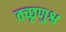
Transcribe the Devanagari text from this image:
तच्छृणुश्व